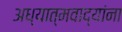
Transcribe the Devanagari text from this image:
अध्यात्मवाद्यांना